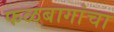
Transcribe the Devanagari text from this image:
फळबागांचा